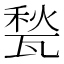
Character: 甃